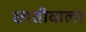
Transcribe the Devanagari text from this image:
छातीवाला